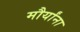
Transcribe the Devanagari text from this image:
मौर्यांना